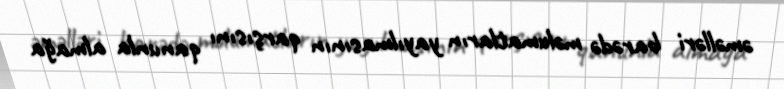
əməlləri barədə məlumatların yayılmasının qarşısını qanunla almağa